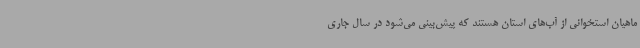
ماهیان استخوانی از آب‌های استان هستند که پیش‌بینی می‌شود در سال جاری